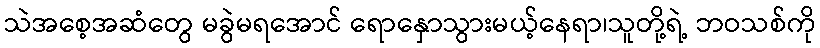
သဲအစေ့အဆံတွေ မခွဲမရအောင် ရောနှောသွားမယ့်နေရာ၊သူတို့ရဲ့ ဘဝသစ်ကို